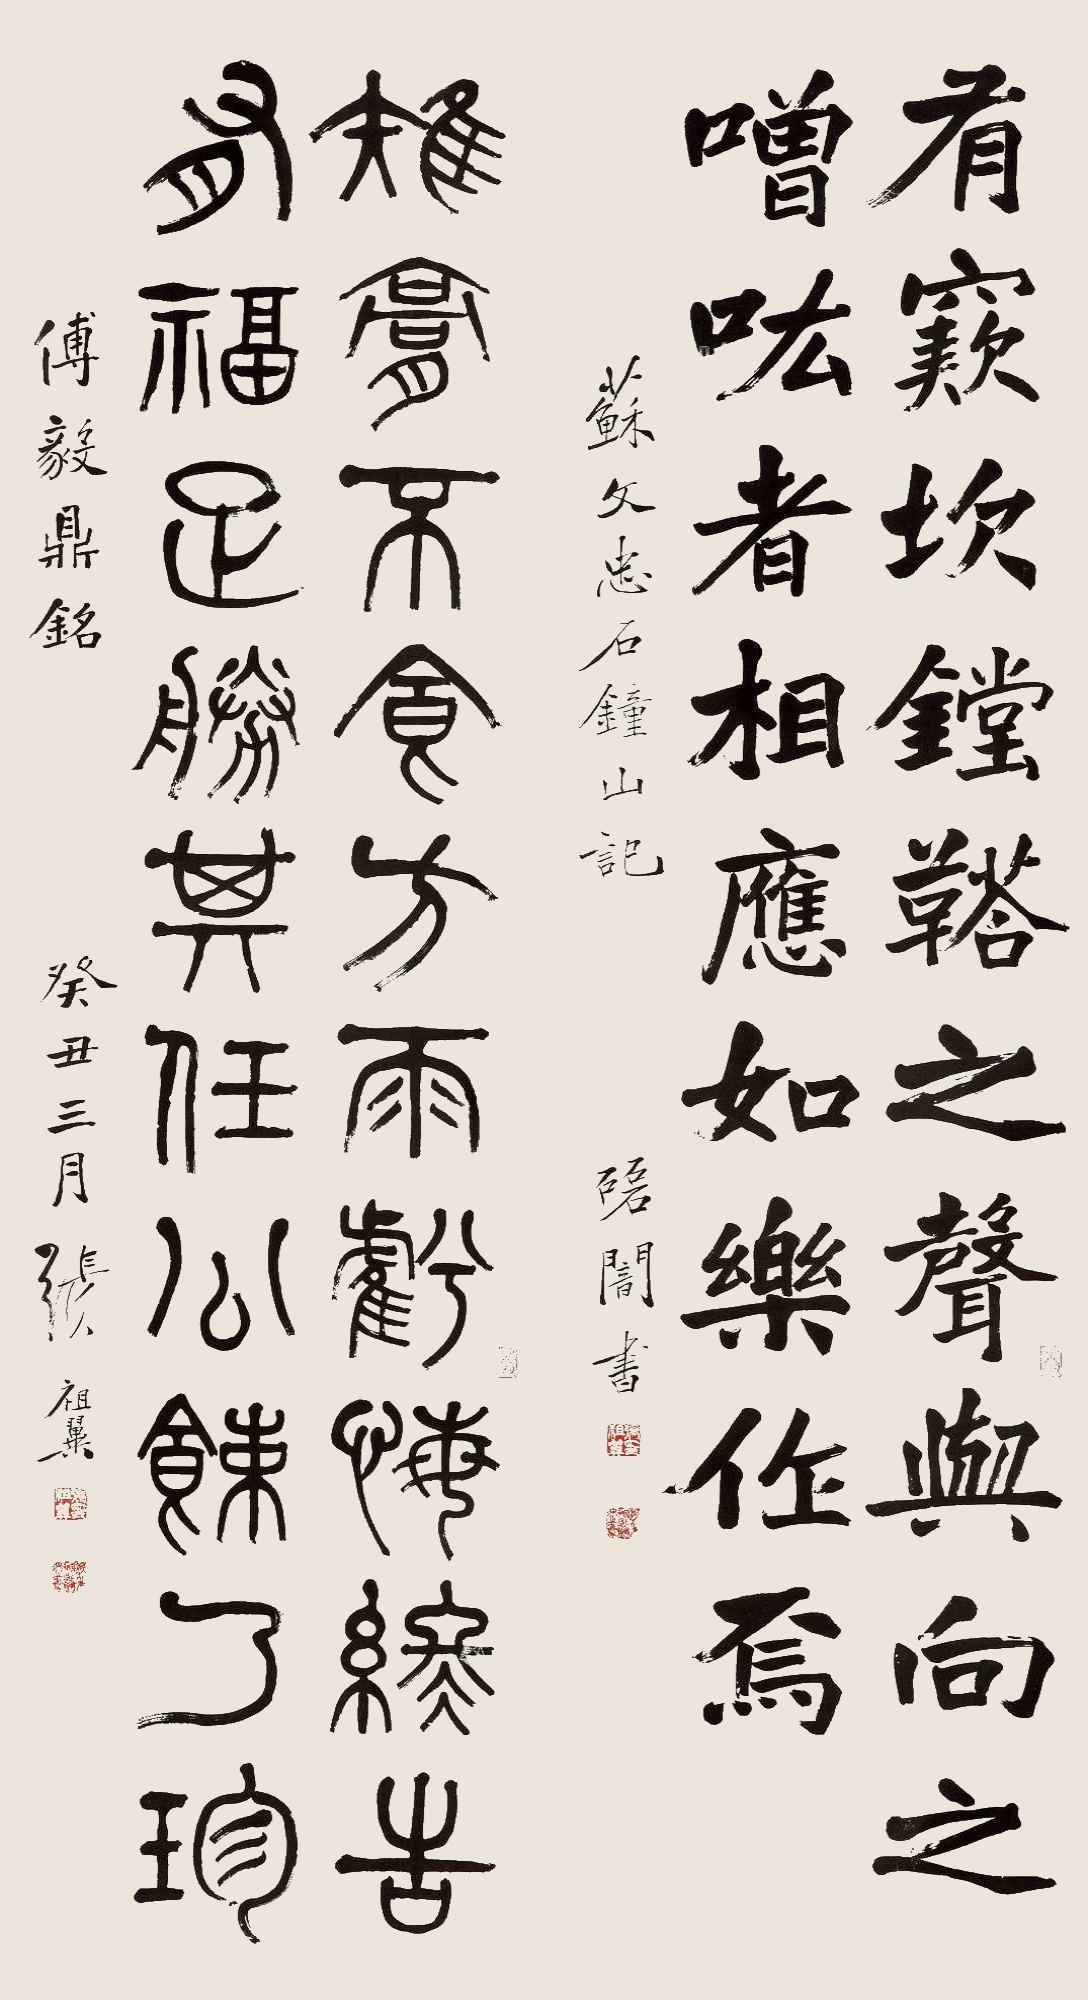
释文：有窾坎镗鞳之声，与向之噌吰者相应，如乐作焉。

雉膏不食，方雨亏悔，终吉有福，足胜其任，公𫗧乃珍。苏文忠石钟山记，磊盫书。

傅毅鼎铭，癸丑三月张祖翼。